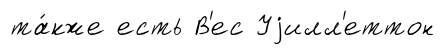
та́кже есть В'ес Уjилл'еттон